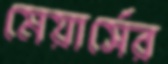
মেয়ার্সের